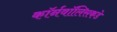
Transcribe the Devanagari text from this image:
कॉर्नवॉलिसकडे